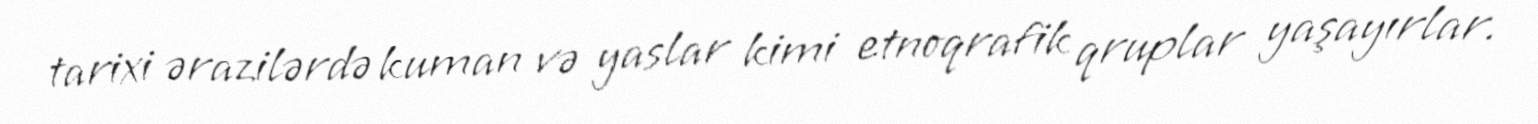
tarixi ərazilərdə kuman və yaslar kimi etnoqrafik qruplar yaşayırlar.